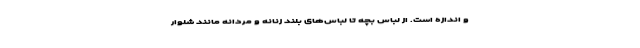
و اندازه است. از لباس بچه تا لباس‌های بلند زنانه و مردانه مانند شلوار